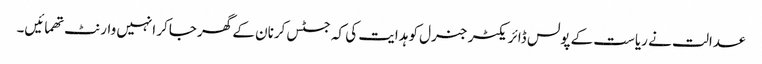
عدالت نے ریاست کے پولس ڈائریکٹر جنرل کو ہدایت کی کہ جسٹس کرنان کے گھر جاکر انہیں وارنٹ تھمائیں۔